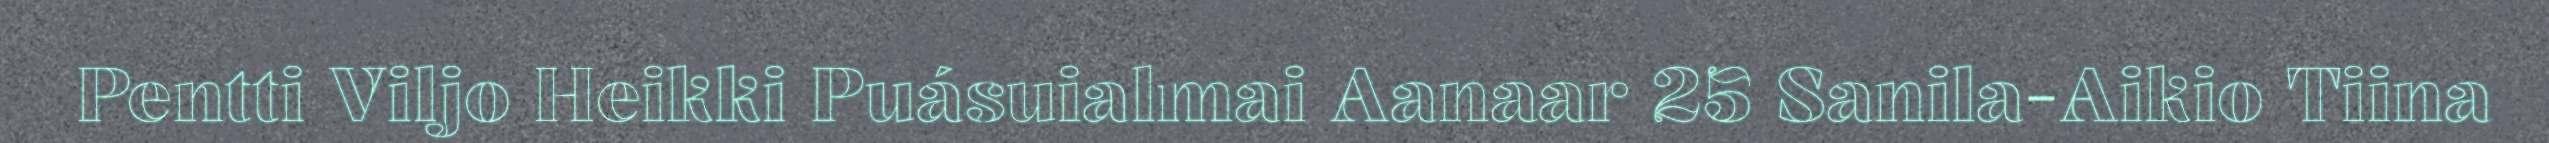
Pentti Viljo Heikki Puásuialmai Aanaar 25 Sanila-Aikio Tiina